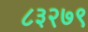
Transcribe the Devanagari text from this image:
८३२७९